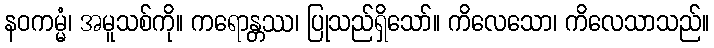
နဝကမ္မံ၊ အမူသစ်ကို။ ကရောန္တဿ၊ ပြုသည်ရှိသော်။ ကိလေသော၊ ကိလေသာသည်။